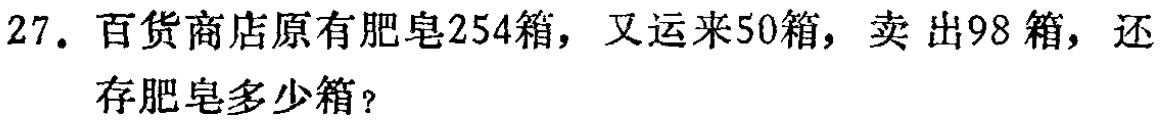
27. 百货商店原有肥皂254箱，又运来50箱，卖出98箱，还存肥皂多少箱？